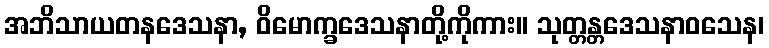
အဘိသာယတနဒေသနာ, ဝိမောက္ခဒေသနာတို့ကိုကား။ သုတ္တန္တဒေသနာဝသေန၊